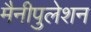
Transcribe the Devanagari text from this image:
मैनीपुलेशन